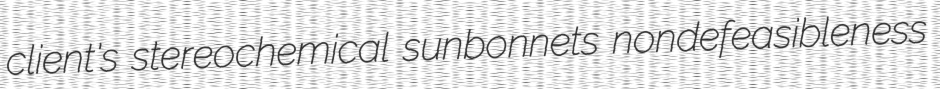
client's stereochemical sunbonnets nondefeasibleness